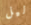
ليل